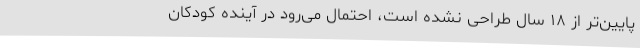
پایین‌تر از ۱۸ سال طراحی نشده است، احتمال می‌رود در آینده کودکان